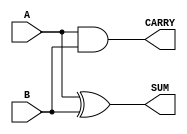
module Parameterized_Half_Adder #(
    parameter WIDTH = 1   // Default value for WIDTH is 1
) (
    input  [WIDTH-1:0] A, // Input operand A
    input  [WIDTH-1:0] B, // Input operand B
    output [WIDTH-1:0] SUM, // Output sum
    output CARRY         // Output carry
);

    // Compute the sum and carry
    assign SUM = A ^ B; // Bitwise XOR for sum
    assign CARRY = |(A & B); // Bitwise AND for carry, OR-ed across all bits

endmodule